Report of the Indian Hemp Drugs Commission, 1894-1895 - Volume IV
Year: 1894
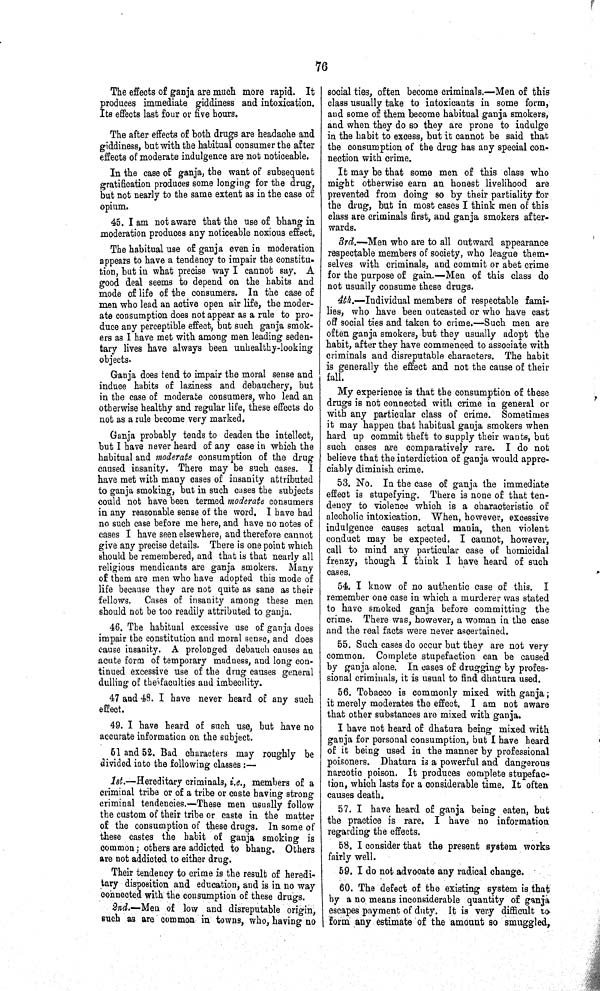
76
The effects of ganja are much more rapid. It
produces immediate giddiness and intoxication.
Its effects last four or five hours.
The after effects of both drugs are headache and
giddiness, but with the habitual consumer the after
effects of moderate indulgence are not noticeable.
In the case of ganja, the want of subsequent
gratification produces some longing for the drug,
but not nearly to the same extent as in the case of
opium.
45. I am not aware that the use of bhang in
moderation produces any noticeable noxious effect.
The habitual use of ganja even in moderation
appears to have a tendency to impair the constitu¬
tion, but in what precise way I cannot say. A
good deal seems to depend on the habits and
mode of life of the consumers. In the case of
men who lead an active open air life, the moder¬
ate consumption does not appear as a rule to pro¬
duce any perceptible effect, but such ganja smok¬
ers as I have met with among men leading seden¬
tary lives have always been unhealthy-looking
objects.
Ganja does tend to impair the moral sense and
induce habits of laziness and debauchery, but
in the case of moderate consumers, who lead an
otherwise healthy and regular life, these effects do
not as a rule become very marked.
Ganja probably tends to deaden the intellect,
but I have never heard of any case in which the
habitual and moderate consumption of the drug
caused insanity. There may be such cases. I
have met with many cases of insanity attributed
to ganja smoking, but in such cases the subjects
could not have been termed moderate consumers
in any reasonable sense of the word. I have had
no such case before me here, and have no notes of
cases I have seen elsewhere, and therefore cannot
give any precise details. There is one point which
should be remembered, and that is that nearly all
religious mendicants are ganja smokers. Many
of them are men who have adopted this mode of
life because they are not quite as sane as their
fellows. Cases of insanity among these men
should not be too readily attributed to ganja.
46. The habitual excessive use of ganja does
impair the constitution and moral sense, and does
cause insanity. A prolonged debauch causes an
acute form of temporary madness, and long con¬
tinued excessive use of the drug causes general
dulling of the faculties and imbecility.
47 and 48. I have never heard of any such
effect.
49. I have heard of such use, but have no
accurate information on the subject.
51 and 52. Bad characters may roughly be
divided into the following classes:—
1st.—Hereditary criminals, i.e., members of a
criminal tribe or of a tribe or caste having strong
criminal tendencies.—These men usually follow
the custom of their tribe or caste in the matter
of the consumption of these drugs. In some of
these castes the habit of ganja smoking is
common; others are addicted to bhang. Others
are not addicted to either drug.
Their tendency to crime is the result of heredi¬
tary disposition and education, and is in no way
connected with the consumption of these drugs.
2nd.—Men of low and disreputable origin,
such as are common in towns, who, having no
social ties, often become criminals.—Men of this
class usually take to intoxicants in some form,
and some of them become habitual ganja smokers,
and when they do so they are prone to indulge
in the habit to excess, but it cannot be said that
the consumption of the drug has any special con¬
nection with crime.
It may be that some men of this class who
might otherwise earn an honest livelihood are
prevented from doing so by their partiality for
the drug, but in most cases I think men of this
class are criminals first, and ganja smokers after¬
wards.
3rd.—Men who are to all outward appearance
respectable members of society, who league them¬
selves with criminals, and commit or abet crime
for the purpose of gain.—Men of this class do
not usually consume these drugs.
4th.—Individual members of respectable fami¬
lies, who have been outcasted or who have cast
off social ties and taken to crime.—Such men are
often ganja smokers, but they usually adopt the
habit, after they have commenced to associate with
criminals and disreputable characters. The habit
is generally the effect and not the cause of their
fall.
My experience is that the consumption of these
drugs is not connected with crime in general or
with any particular class of crime. Sometimes
it may happen that habitual ganja smokers when
hard up commit theft to supply their wants, but
such cases are comparatively rare. I do not
believe that the interdiction of ganja would appre¬
ciably diminish crime.
53. No. In the case of ganja the immediate
effect is stupefying. There is none of that ten¬
dency to violence which is a characteristic of
alcoholic intoxication. When, however, excessive
indulgence causes actual mania, then violent
conduct may be expected. I cannot, however,
call to mind any particular case of homicidal
frenzy, though I think I have heard of such
cases.
54. I know of no authentic case of this. I
remember one case in which a murderer was stated
to have smoked ganja before committing the
crime. There was, however, a woman in the case
and the real facts were never ascertained.
55. Such cases do occur but they are not very
common. Complete stupefaction can be caused
by ganja alone. In cases of drugging by profes¬
sional criminals, it is usual to find dhatura used.
56. Tobacco is commonly mixed with ganja;
it merely moderates the effect. I am not aware
that other substances are mixed with ganja.
I have not heard of dhatura being mixed with
ganja for personal consumption, but I have heard
of it being used in the manner by professional
poisoners. Dhatura is a powerful and dangerous
narcotic poison. It produces complete stupefac¬
tion, which lasts for a considerable time. It often
causes death.
57. I have heard of ganja being eaten, but
the practice is rare. I have no information
regarding the effects.
58. I consider that the present system works
fairly well.
59. I do not advocate any radical change.
60. The defect of the existing system is that
by a no means inconsiderable quantity of ganja
escapes payment of duty. It is very difficult to
form any estimate of the amount so smuggled,